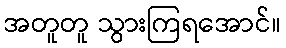
အတူတူ သွားကြရအောင်။